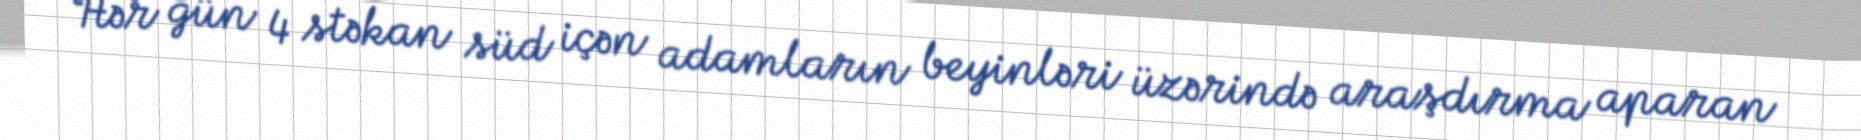
Hər gün 4 stəkan süd içən adamların beyinləri üzərində araşdırma aparan